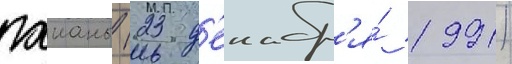
гаианы (23 д'екабр'я́ 1991)